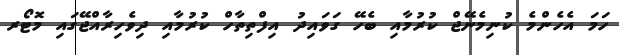
ހަމަ އެހެންމެ ކުނިމެނޭޖް ކުރުމާއި ބެހޭ ގަވައިދު އިފްތިތާހް ކުރުމާއި ދިވެހިރާއްޖޭގައި މޮޓޯރ